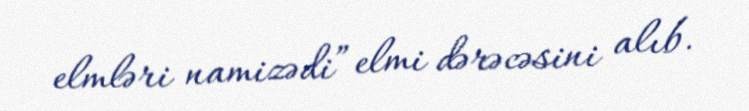
elmləri namizədi” elmi dərəcəsini alıb.